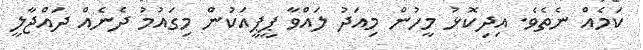
ކަމެއް ނެތެވެ. އިދިކޮޅު މީހުން މިއަދު ލައްވާ ޕީޕީއަކުން މިގައުމު ދެނެއް ދައްޖާލީ